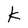
Character: K